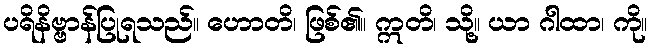
ပရိနိဗ္ဗာန်ပြုရသည်။ ဟောတိ၊ ဖြစ်၏။ ဣတိ၊ သို့။ ယာ ဂါထာ၊ ကို။